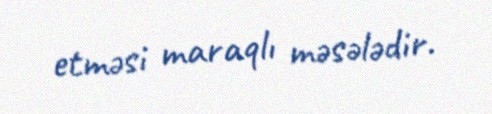
etməsi maraqlı məsələdir.